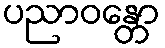
ပညာဝန္တော